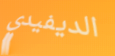
الديفيدي